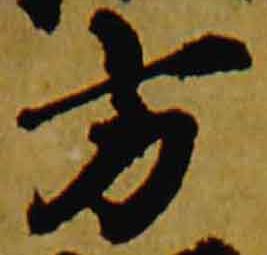
方